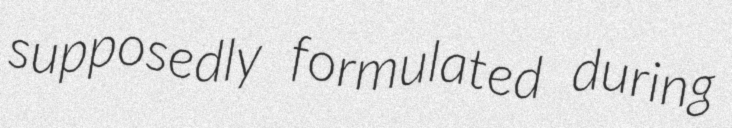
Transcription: supposedly formulated during